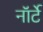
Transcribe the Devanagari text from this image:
नॉर्टे